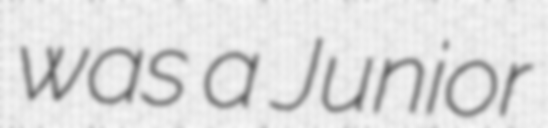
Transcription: was a Junior